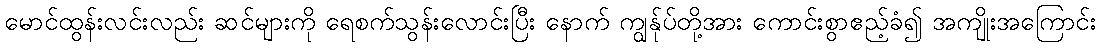
မောင်ထွန်းလင်းလည်း ဆင်များကို ရေစက်သွန်းလောင်းပြီး နောက် ကျွန်ုပ်တို့အား ကောင်းစွာဧည့်ခံ၍ အကျိုးအကြောင်း